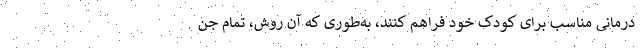
درمانی مناسب برای کودک خود فراهم کنند، به‌طوری که آن روش، تمام جن